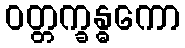
ဝတ္တက္ခန္ဓကော